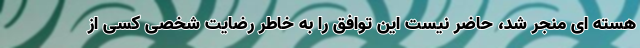
هسته ای منجر شد، حاضر نیست این توافق را به خاطر رضایت شخصی کسی از